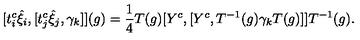
[ t _ { i } ^ { c } { \hat { \xi } } _ { i } , [ t _ { j } ^ { c } { \hat { \xi } } _ { j } , { \gamma } _ { k } ] ] ( g ) = \frac { 1 } { 4 } T ( g ) [ Y ^ { c } , [ Y ^ { c } , T ^ { - 1 } ( g ) { \gamma } _ { k } T ( g ) ] ] T ^ { - 1 } ( g ) .